Insane asylums in Bengal annual reports 1876-1887 - 1876-1887
Year: 1876
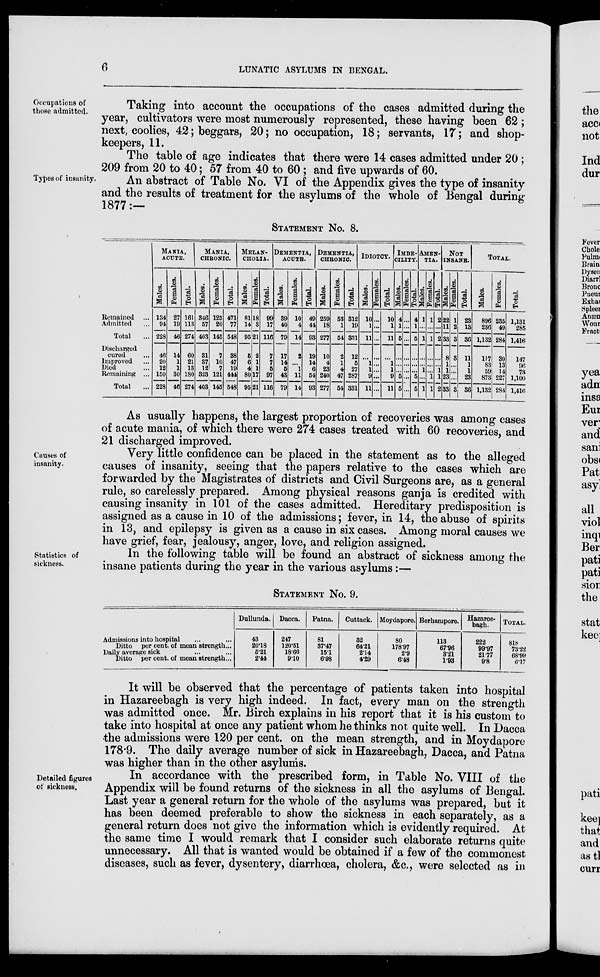
6
LUNATIC ASYLUMS IN BENGAL.
Occupations of
those admitted.
Taking into account the occupations of the cases admitted during the
year, cultivators were most numerously represented, these having been 62;
next, coolies, 42; beggars, 20; no occupation, 18; servants, 17; and shop-
keepers, 11.
The table of age indicates that there were 14 cases admitted under 20 ;
209 from 20 to 40; 57 from 40 to 60 ; and five upwards of 60.
Types of insanity.
An abstract of Table No. VI of the Appendix gives the type of insanity
and the results of treatment for the asylums of the whole of Bengal during
1877:—
STATEMENT No. 8.
Remained ...
Admitted ...
Total ...
Discharged
cured ...
Improved ...
Died ...
Remaining ...
Total ...
MANIA,
ACUTE.
Males.
134
94
228
46
20
12
150
228
Females.
27
19
46
14
1
1
30
46
Total.
161
113
274
60
21
13
180
274
MANIA,
CHRONIC.
Males.
346
57
403
31
37
12
323
403
Females.
125
20
145
7
10
7
121
145
Total.
471
77
548
38
47
19
444
548
MELAN-
------.
Males.
81
14
95
5
6
4
80
95
Females.
18
3
21
2
1
1
17
21
Total.
99
17
116
7
7
6
97
116
DEMENTIA,
ACUTE.
Males.
39
40
79
17
14
5
43
79
Females.
10
4
14
2
...
1
11
14
Total.
49
44
93
19
14
6
54
93
DEMENTIA,
CHRONIC.
Males.
259
18
277
10
4
23
240
277
Females.
53
1
54
2
1
4
47
54
Total.
312
19
331
12
5
27
287
331
IDIOTCY.
Males.
10
1
11
...
1
1
9
11
Females.
...
...
...
...
...
...
...
...
Total.
10
1
11
...
1
1
9
11
IMBE-
------.
Males.
4
1
5
...
...
...
5
5
Females.
...
...
...
...
...
...
...
...
Total.
4
1
5
...
...
...
5
5
AMEN-
---.
Males.
1
...
1
...
...
1
...
1
Females.
1
...
1
...
...
...
1
1
Total.
2
...
2
...
...
1
1
2
NOT
INSANE.
Males.
22
11
33
8
1
1
23
33
Females.
1
2
3
3
...
...
...
3
Total.
23
13
36
11
1
1
23
36
TOTAL.
Males.
896
236
1,132
117
83
59
873
1,132
Females.
235
49
284
30
13
14
227
284
Total.
1,131
285
1,416
147
96 73
1,100
1,416
As usually happens, the largest proportion of recoveries was among cases
of acute mania, of which there were 274 cases treated with 60 recoveries, and
21 discharged improved.
Causes of
insanity.
Very little confidence can be placed in the statement as to the alleged
causes of insanity, seeing that the papers relative to the cases which are
forwarded by the Magistrates of districts and Civil Surgeons are, as a general
rule, so carelessly prepared. Among physical reasons ganja is credited with
causing insanity in 101 of the cases admitted. Hereditary predisposition is
assigned as a cause in 10 of the admissions; fever, in 14, the abuse of spirits
in 13, and epilepsy is given as a cause in six cases. Among moral causes we
have grief, fear, jealousy, anger, love, and religion assigned.
Statistics of
sickness.
In the following table will be found an abstract of sickness among the
insane patients during the year in the various asylums:—
STATEMENT No. 9.
Admissions into hospital ... ...
Ditto per cent. of mean strength ...
Daily average sick ... ...
Ditto per cent. of mean strength ...
Dullunda.
43
20.18
5.21
2.44
Dacca.
247
120.51
18.66
9.10
Patna.
81
37.47
15.1
6.98
Cuttack.
32
64.21
2.14
4.29
Moydapore.
80
178.97
2.9
6.48
Berhampore.
113
67.96
3.21
1.93
Hazaree-
bagh.
222
99.97
21.77
9.8
TOTAL.
818
73.22
68.99
6.17
It will be observed that the percentage of patients taken into hospital
in Hazareebagh is very high indeed. In fact, every man on the strength
was admitted once. Mr. Birch explains in his report that it is his custom to
take into hospital at once any patient whom he thinks not quite well. In Dacca
the admissions were 120 per cent. on the mean strength, and in Moydapore
178.9. The daily average number of sick in Hazareebagh, Dacca, and Patna
was higher than in the other asylums.
Detailed figures
of sickness.
In accordance with the prescribed form, in Table No. VIII of the
Appendix will be found returns of the sickness in all the asylums of Bengal.
Last year a general return for the whole of the asylums was prepared, but it
has been deemed preferable to show the sickness in each separately, as a
general return does not give the information which is evidently required. At
the same time I would remark that I consider such elaborate returns quite
unnecessary. All that is wanted would be obtained if a few of the commonest
diseases, such as fever, dysentery, diarrhœa, cholera, &c, were selected as in